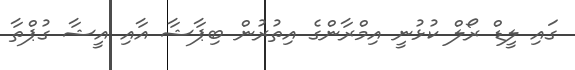
ގައި ލީޑް ރޯލް ކުޅުނީ އިމްރާންގެ އިތުރުން ބިޕާޝާ އާއި އީޝާ ގުޕްތާ